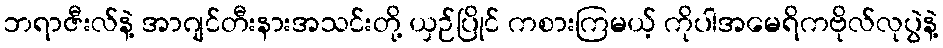
ဘရာဇီးလ်နဲ့ အာဂျင်တီးနားအသင်းတို့ ယှဉ်ပြိုင် ကစားကြမယ့် ကိုပါအမေရိကဗိုလ်လုပွဲနဲ့